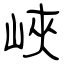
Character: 峽